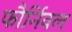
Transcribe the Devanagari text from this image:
फौर्निवल